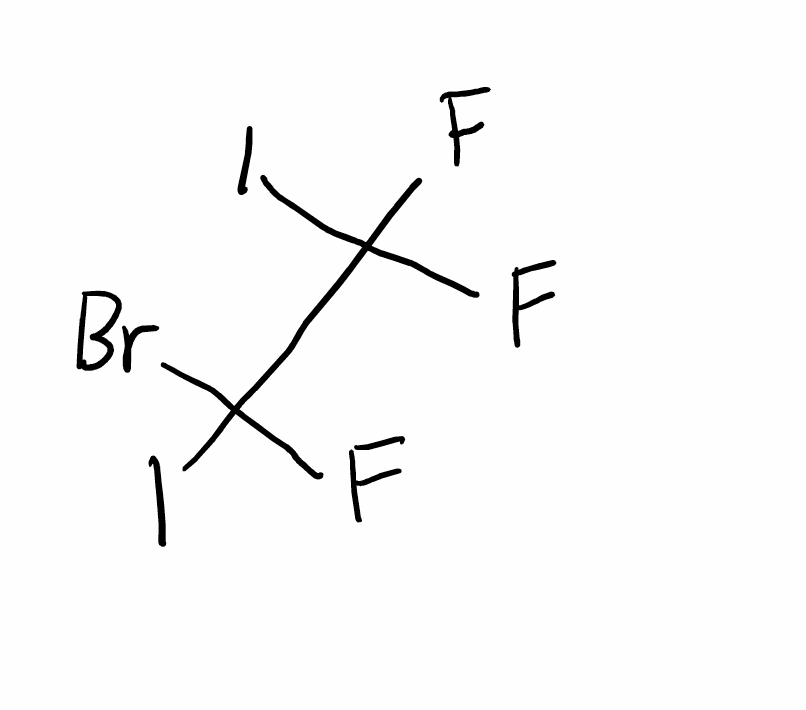
Simplified molecular-input line-entry system (SMILES) notation of the given molecule:
C(C(F)(Br)I)(F)(F)I